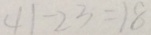
4 1 - 2 3 = 1 8